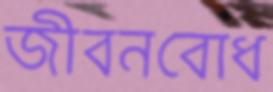
জীবনবোধ